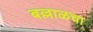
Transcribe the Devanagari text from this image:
बल्लाळचा